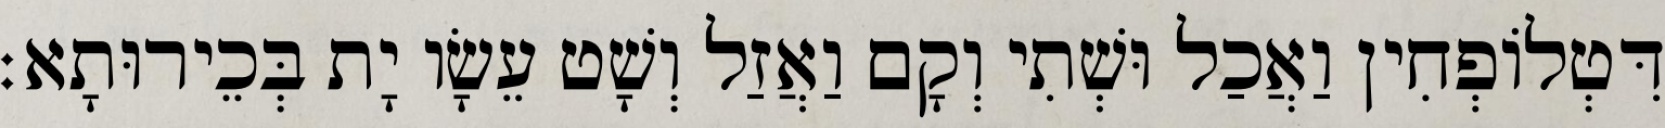
דִּטְלוֹפְחִין וַאֲכַל וּשְׁתִי וְקָם וַאֲזַל וְשָׁט עֵשָׂו יָת בְּכֵירוּתָא׃